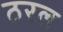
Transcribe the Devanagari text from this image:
ठरल